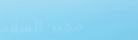
مخبز السلام